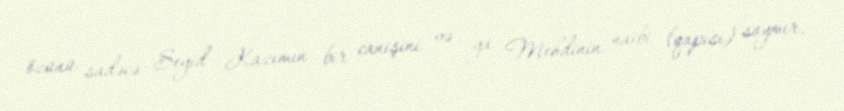
özünü sadəcə Seyid Kazımın bir canişini və ya Mehdinin naibi (qapısı) saymır,